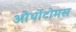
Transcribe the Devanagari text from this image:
ओर्थोटोमस